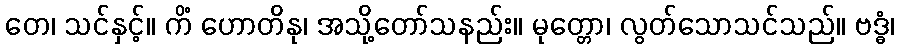
တေ၊ သင်နှင့်။ ကိံ ဟောတိနု၊ အသို့တော်သနည်း။ မုတ္တော၊ လွတ်သောသင်သည်။ ဗဒ္ဓံ၊